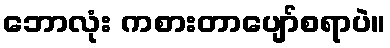
ဘောလုံး ကစားတာပျော်စရာပဲ။